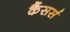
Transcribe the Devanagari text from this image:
कैंसर्स